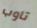
تاوب